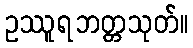
ဥဿူရဘတ္တသုတ်။